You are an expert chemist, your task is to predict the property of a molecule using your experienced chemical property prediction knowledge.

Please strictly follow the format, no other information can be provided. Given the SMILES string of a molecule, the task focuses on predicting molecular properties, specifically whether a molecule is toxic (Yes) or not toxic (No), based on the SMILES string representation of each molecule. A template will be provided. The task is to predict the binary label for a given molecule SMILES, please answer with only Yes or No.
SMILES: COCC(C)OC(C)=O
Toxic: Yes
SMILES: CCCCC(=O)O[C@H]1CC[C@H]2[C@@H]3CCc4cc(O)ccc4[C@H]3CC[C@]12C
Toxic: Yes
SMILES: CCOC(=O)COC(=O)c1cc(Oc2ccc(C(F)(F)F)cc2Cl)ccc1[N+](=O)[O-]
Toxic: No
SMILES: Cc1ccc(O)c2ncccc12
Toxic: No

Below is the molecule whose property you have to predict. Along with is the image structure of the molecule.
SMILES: CCOP(=S)(OCC)SCn1c(=O)oc2cc(Cl)ccc21
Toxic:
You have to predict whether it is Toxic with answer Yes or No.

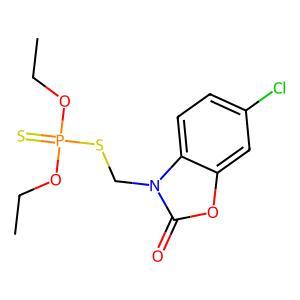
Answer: No